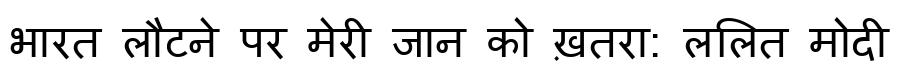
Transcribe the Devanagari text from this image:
भारत लौटने पर मेरी जान को ख़तरा: ललित मोदी